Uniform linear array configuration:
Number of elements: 4
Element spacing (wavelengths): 0.25
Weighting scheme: blackman
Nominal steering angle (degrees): -45
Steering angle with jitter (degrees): -44.894
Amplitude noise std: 0.05
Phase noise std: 0.05

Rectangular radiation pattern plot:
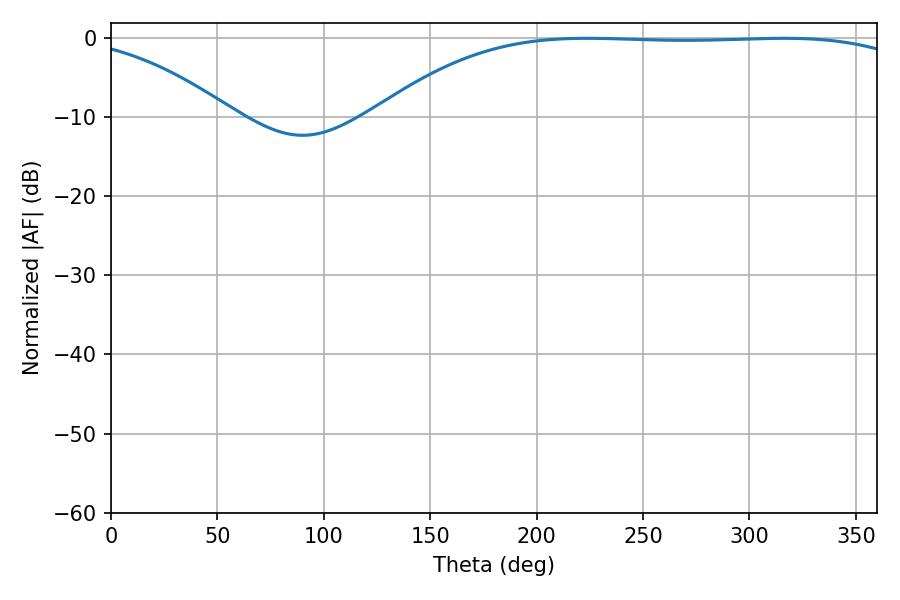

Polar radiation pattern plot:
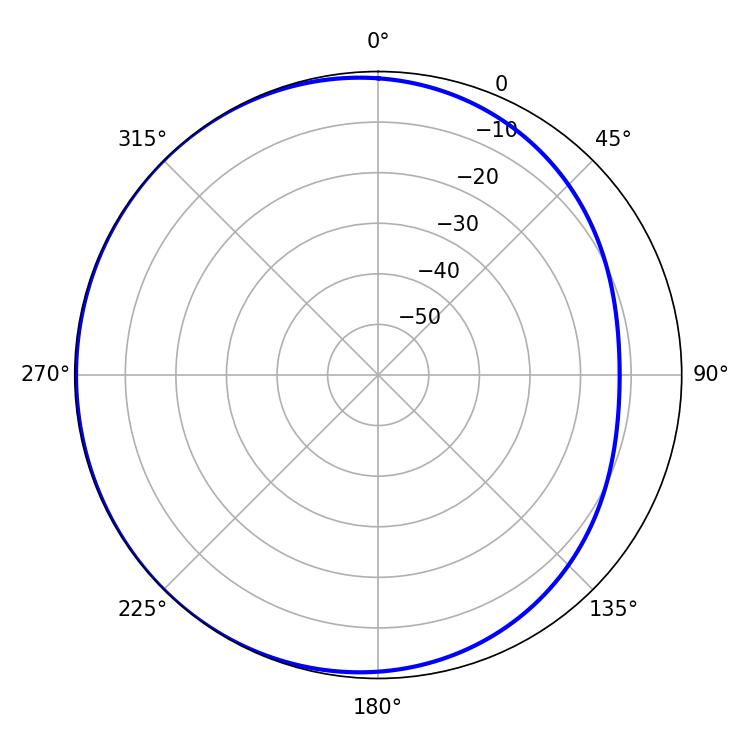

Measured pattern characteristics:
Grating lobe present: FALSE
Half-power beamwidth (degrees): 198
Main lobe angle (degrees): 223.74